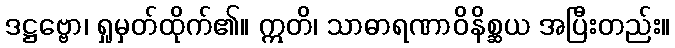
ဒဋ္ဌဗ္ဗော၊ ရှုမှတ်ထိုက်၏။ ဣတိ၊ သာဓာရဏာဝိနိစ္ဆယ အပြီးတည်း။